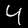
Label: 4